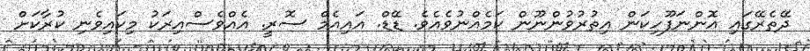
ދޭތެރޭގައި އޮންނަފޫހިކަން އިތުރުވުންނޫން ކަމެއްނުވެއެވެ. ޑޭޑް. އައިއެމް ސޮރީ. އެއްވެސްއިރަކު މިކައިވެނި ކުރާކަށް